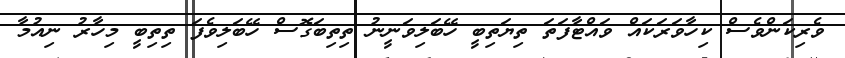
ވެރިކަންވެސް ކިހާވަރަކައް ވައްޓާފަތަ ތިޔަތިބީ ހޭބަލިވަނީނު ތިތިބަގޮސް ހޭބަލިވެފަ ތިތިބީ މިހާރު ނިއުމާ